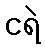
ငရဲ